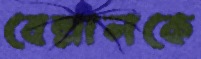
বেল্লালকে